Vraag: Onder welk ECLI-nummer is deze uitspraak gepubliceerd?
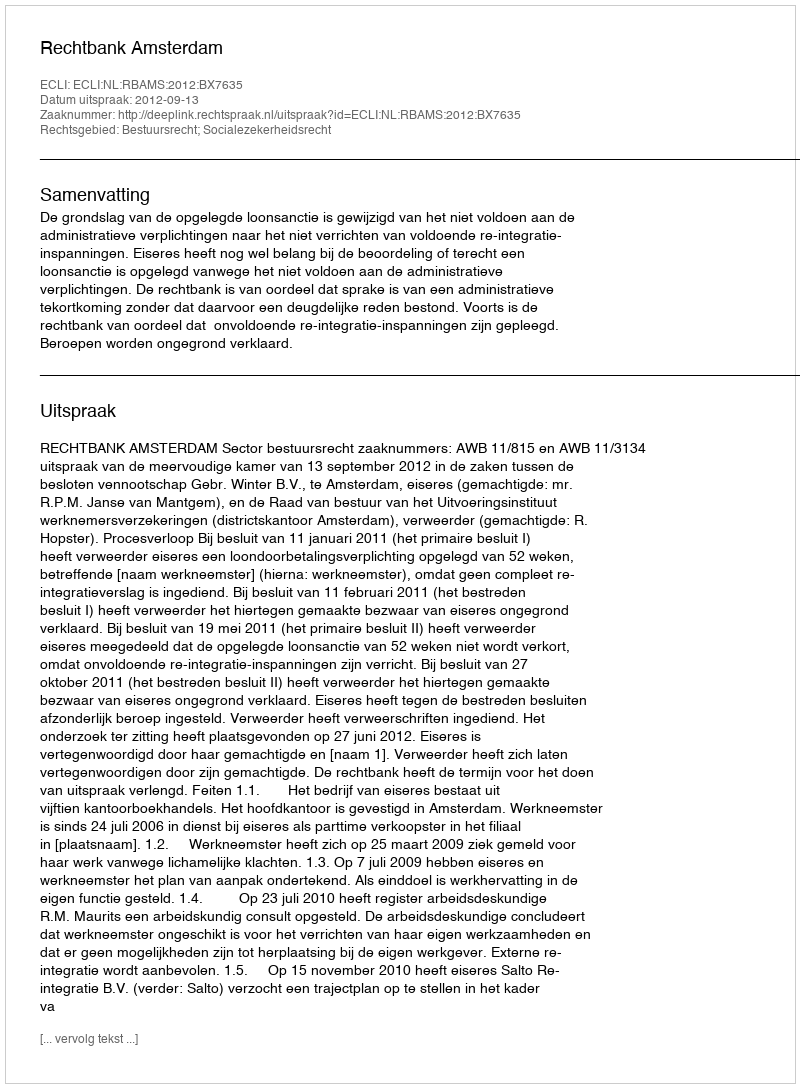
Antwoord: ECLI:NL:RBAMS:2012:BX7635